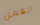
القمل